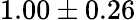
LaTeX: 1.00\pm 0.26